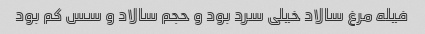
فیله مرغ سالاد خیلی سرد بود و حجم سالاد و سس کم بود